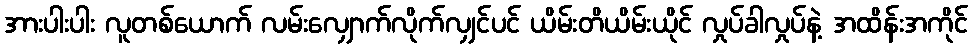
အားပါးပါး လူတစ်ယောက် လမ်းလျှောက်လိုက်လျှင်ပင် ယိမ်းတိယိမ်းယိုင် လှုပ်ခါလှုပ်နဲ့ အထိန်းအကိုင်